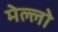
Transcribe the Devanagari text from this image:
मेल्लो